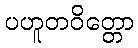
ပဟူတဝိတ္တော